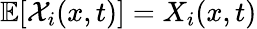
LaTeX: \mathbb{E}[{\mathcal{X}}_{i}(x,t)]=X_{i}(x,t)